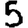
Digit: 5